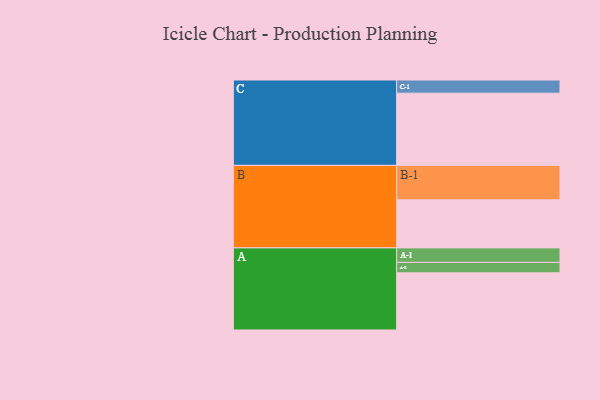
{"axis": {"x": "Segment", "y": "Value"}, "legend": ["", "A", "B", "C"], "data": [{"x": "A", "y": 438, "type": ""}, {"x": "B", "y": 368, "type": ""}, {"x": "C", "y": 553, "type": ""}, {"x": "A-1", "y": 111, "type": "A"}, {"x": "A-2", "y": 80, "type": "A"}, {"x": "B-1", "y": 264, "type": "B"}, {"x": "C-1", "y": 101, "type": "C"}]}